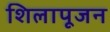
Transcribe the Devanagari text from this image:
शिलापूजन